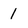
Character: 1